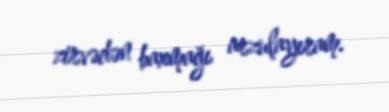
zirvədən baxmağı arzulayıram.